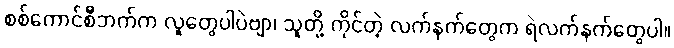
စစ်ကောင်စီဘက်က လူတွေပါပဲဗျာ၊ သူတို့ ကိုင်တဲ့ လက်နက်တွေက ရဲလက်နက်တွေပါ။